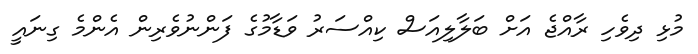
މުޅި ދިވެހި ރާއްޖެ އަށް ބަލާލިއަސް ކިއްސަރު ވަޑާމުގެ ފަންނުވެރިން އެންމެ ގިނައީ